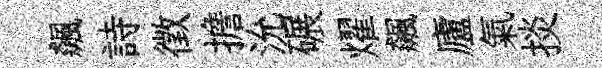
飆詩徵擔沇碾燿飆廬氣掞